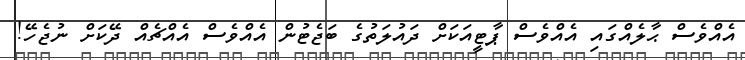
އެއްވެސް ޙާލެއްގައި އެއްވެސް ޕާޓީއަކަށް ދައުލަތުގެ ބަޖެޓުން އެއްވެސް އެއްޗެއް ދޭކަށް ނުޖެހޭ!